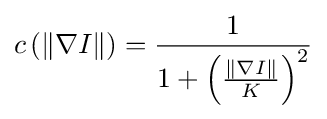
c\left(\|\nabla I\|\right)={\frac {1}{1+\left({\frac {\|\nabla I\|}{K}}\right)^{2}}}